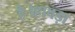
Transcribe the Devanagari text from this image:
है।हावड़ा